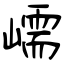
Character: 嶿